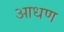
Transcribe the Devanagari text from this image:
आधण